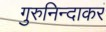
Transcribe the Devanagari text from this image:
गुरुनिन्दाकरं